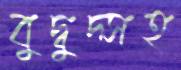
বুদ্বুদ্সহ